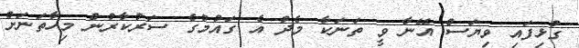
ގުޅިފައި ވިޔަސް އޭނާ ވީ ތަނަކާ މެދު އެ ގައުމުގެ ސަރުކާރުން މިހާތަނަށް